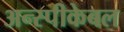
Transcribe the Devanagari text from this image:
अन्स्पीकेबल